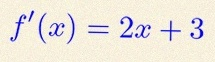
f'(x)=2x+3